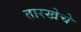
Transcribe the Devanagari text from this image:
तारखेचे